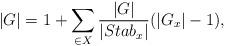
LaTeX: \begin{align*}|G|=1+ \sum_{\in X} \frac{|G|}{|Stab_x|}(|G_x|-1),\end{align*}